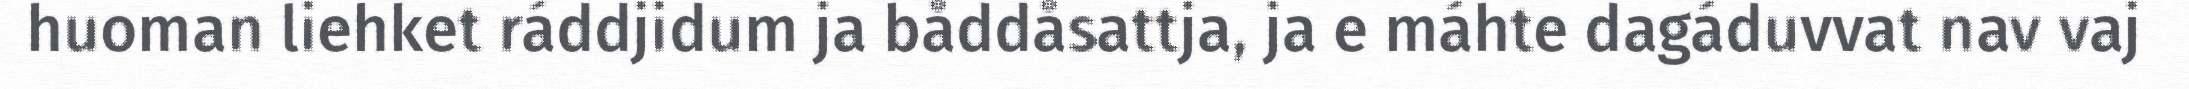
huoman liehket ráddjidum ja båddåsattja, ja e máhte dagáduvvat nav vaj